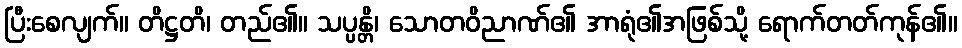
ပြီးစေလျက်။ တိဋ္ဌတိ၊ တည်၏။ သပ္ပန္တိ၊ သောတဝိညာဏ်၏ အာရုံ၏အဖြစ်သို့ ရောက်တတ်ကုန်၏။